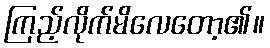
ကြည့်လိုက်မိလေတော့၏။